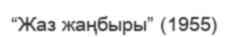
“Жаз жаңбыры” (1955)